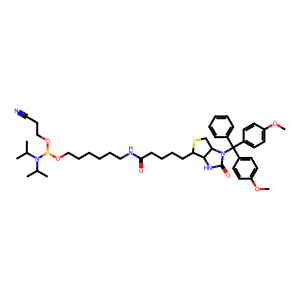
SMILES: COc1ccc(C(c2ccccc2)(c2ccc(OC)cc2)N2C(=O)NC3C(CCCCC(=O)NCCCCCCOP(OCCC#N)N(C(C)C)C(C)C)SCC32)cc1
Inhibits HIV replication: No